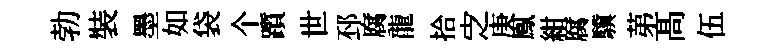
勃裝墨如袋个躓世邳腐龍拾㝎庚鳯紺腐驥苐髙伍